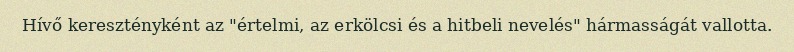
Hívő keresztényként az "értelmi, az erkölcsi és a hitbeli nevelés" hármasságát vallotta.